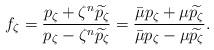
LaTeX: \begin{align*}f_{\zeta} = \frac{p_{\zeta} +\zeta^n \widetilde{p_{\zeta}}}{p_{\zeta} -\zeta^n \widetilde{p_{\zeta}}}=\frac{\bar{\mu} p_{\zeta} +\mu \widetilde{p_{\zeta}}}{\bar{\mu}p_{\zeta} -\mu \widetilde{p_{\zeta}}}.\end{align*}